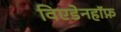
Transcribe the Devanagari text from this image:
विएडेनहॉफ़